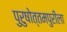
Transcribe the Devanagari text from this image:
पुरुषोत्तमपुरीला